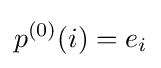
p^{(0)}(i)=e_{i}